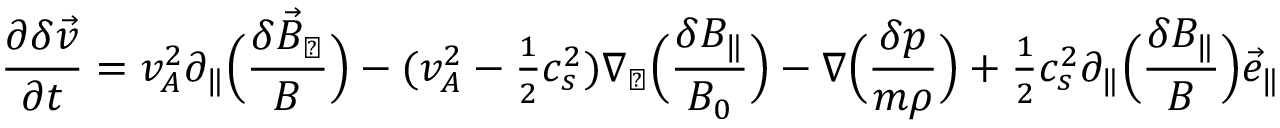
\frac { \partial \delta \vec { v } } { \partial t } = v _ { A } ^ { 2 } \partial _ { \| } \Big ( \frac { \delta \vec { B } _ { \perp } } { B } \Big ) - ( v _ { A } ^ { 2 } - { \textstyle \frac { 1 } { 2 } } c _ { s } ^ { 2 } ) \nabla _ { \perp } \Big ( \frac { \delta B _ { \| } } { B _ { 0 } } \Big ) - \nabla \Big ( \frac { \delta p } { m \rho } \Big ) + { \textstyle \frac { 1 } { 2 } } c _ { s } ^ { 2 } \partial _ { \| } \Big ( \frac { \delta B _ { \| } } { B } \Big ) \vec { e } _ { \| }